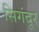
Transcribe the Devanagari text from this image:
सिगंदूर